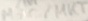
Text: MKC/MKT